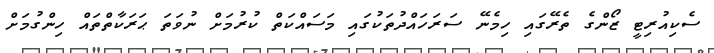
ސެކިއުރިޓީ ޒޯންގެ ތެރޭގައި ހިމެނޭ ސަރަހައްދުތަކުގައި މަސައްކަތް ކުރުމަށް ނުވަތަ ޙަރަކާތްތައް ހިންގުމަށް